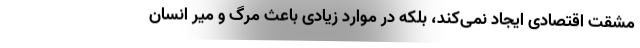
مشقت اقتصادی ایجاد نمی‌کند، بلکه در موارد زیادی باعث مرگ و میر انسان